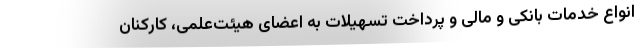
انواع خدمات بانکی و مالی و پرداخت تسهیلات به اعضای هیئت‌علمی، کارکنان